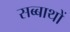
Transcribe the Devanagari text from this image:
सब्बाथों